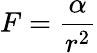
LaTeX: F={\frac{\alpha}{r^{2}}}